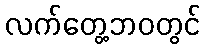
လက်တွေ့ဘဝတွင်